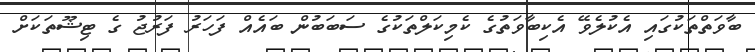
ބާވަތްތަކުގައި އެކުލެވޭ އެކިބާވަތުގެ ކެމިކަލްތަކުގެ ސަބަބުން ބައެއް ފަހަރު ފަރުޖު ގެ ޓިޝޫތަަކަށް